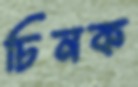
চিনক